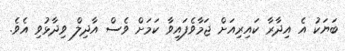
ބަޔަކު އެ އިދާރާ ކައިރިއަށް ޖަމާވެފައިވާ ކަމަށް ވެސް އާދިލް ވިދާޅުވި އެވެ.